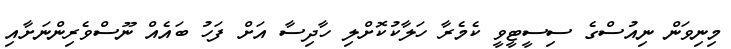
މިނިވަން ނިއުސްގެ ސިސީޓީވީ ކެމެރާ ހަލާކުކޮށްލި ހާދިސާ އަށް ފަހު ބައެއް ނޫސްވެރިންނަށާއި